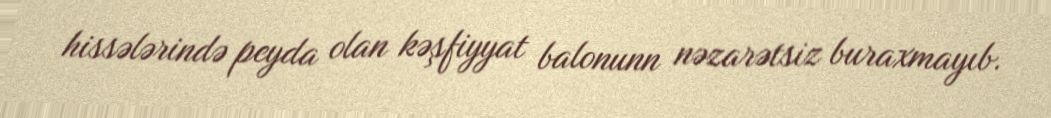
hissələrində peyda olan kəşfiyyat balonunn nəzarətsiz buraxmayıb.